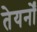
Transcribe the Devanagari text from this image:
तेयर्नों